Indian journal of veterinary science and animal husbandry - Volume 3,
Year: 1933
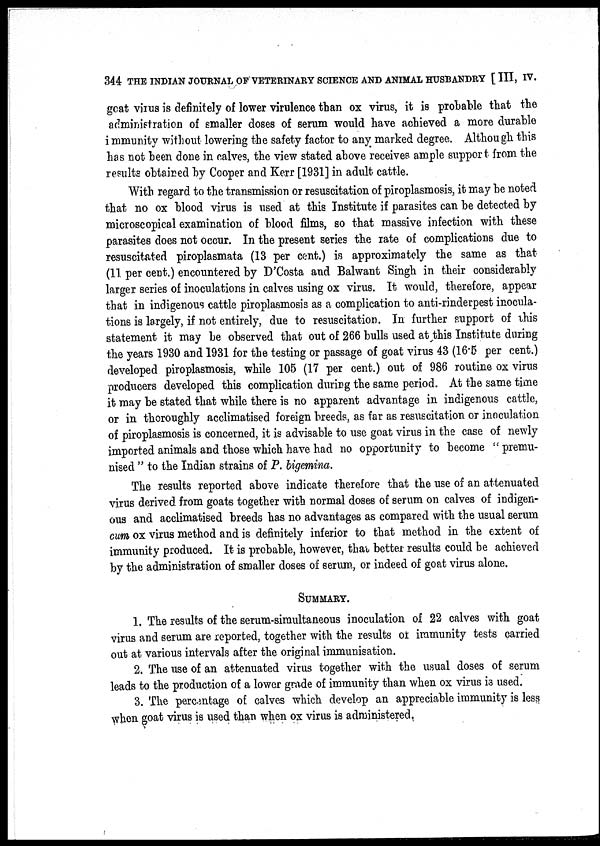
344 THE INDIAN JOURNAL OF VETERINARY SCIENCE AND ANIMAL HUSBANDRY [ III, IV.
goat virus is definitely of lower virulence than ox virus, it is probable that the
administration of smaller doses of serum would have achieved a more durable
immunity without lowering the safety factor to any marked degree. Although this
has not been done in calves, the view stated above receives ample support from the
results obtained by Cooper and Kerr [1931] in adult cattle.
With regard to the transmission or resuscitation of piroplasmosis, it may be noted
that no ox blood virus is used at this Institute if parasites can be detected by
microscopical examination of blood films, so that massive infection with these
parasites does not occur. In the present series the rate of complications due to
resuscitated piroplasmata (13 per cent.) is approximately the same as that
(11 per cent.) encountered by D'Costa and Balwant Singh in their considerably
larger series of inoculations in calves using ox virus. It would, therefore, appear
that in indigenous cattle piroplasmosis as a complication to anti-rinderpest inocula-
tions is largely, if not entirely, due to resuscitation. In further support of this
statement it may be observed that out of 266 bulls used at this Institute during
the years 1930 and 1931 for the testing or passage of goat virus 43 (16.5 per cent.)
developed piroplasmosis, while 105 (17 per cent.) out of 986 routine ox virus
producers developed this complication during the same period. At the same time
it may be stated that while there is no apparent advantage in indigenous cattle,
or in thoroughly acclimatised foreign breeds, as far as resuscitation or inoculation
of piroplasmosis is concerned, it is advisable to use goat virus in the case of newly
imported animals and those which have had no opportunity to become " premu-
nised " to the Indian strains of P. bigemina.
The results reported above indicate therefore that the use of an attenuated
virus derived from goats together with normal doses of serum on calves of indigen-
ous and acclimatised breeds has no advantages as compared with the usual serum
cum ox virus method and is definitely inferior to that method in the extent of
immunity produced. It is probable, however, that better results could be achieved
by the administration of smaller doses of serum, or indeed of goat virus alone.
SUMMARY.
1. The results of the serum-simultaneous inoculation of 22 calves with goat
virus and serum are reported, together with the results of immunity tests carried
out at various intervals after the original immunisation.
2. The use of an attenuated virus together with the usual doses of serum
leads to the production of a lower grade of immunity than when ox virus is used.
3. The percentage of calves which develop an appreciable immunity is less
when goat virus is used than when ox virus is administered.